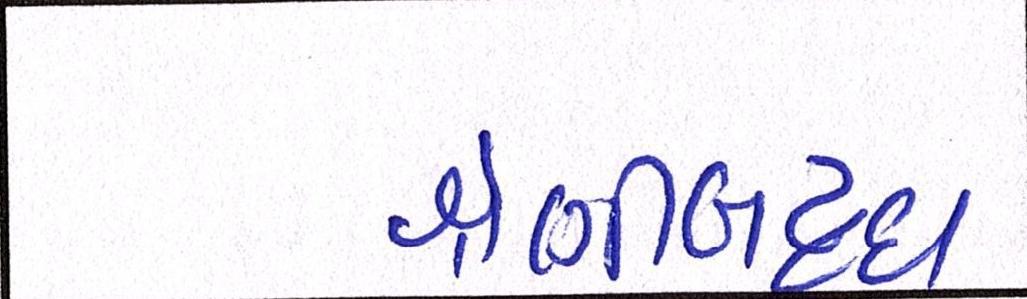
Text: શ્રેણીબધ્ધ